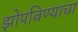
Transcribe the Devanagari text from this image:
झोपविण्याचा